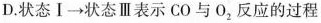
D.状态Ⅰ\to 状态Ⅲ表示CO与O_{2}反应的过程